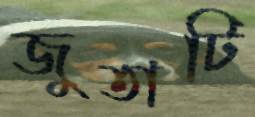
জুতাটি